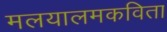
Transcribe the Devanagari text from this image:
मलयालमकविता